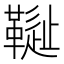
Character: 𩌳